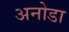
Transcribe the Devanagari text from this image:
अनोडा